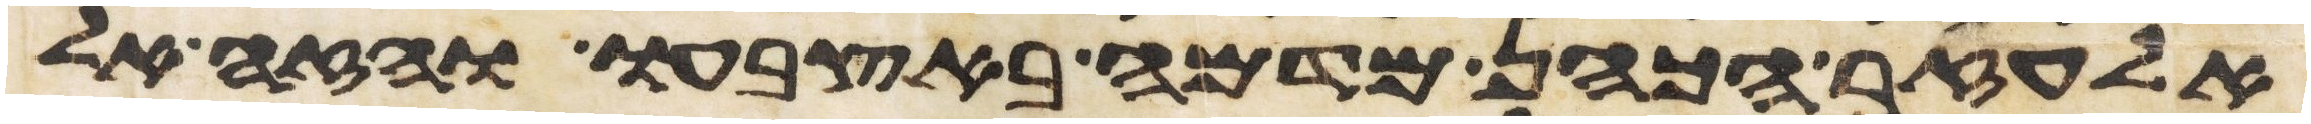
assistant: אלעזר הכהן מדמה באצבעו והזה אל